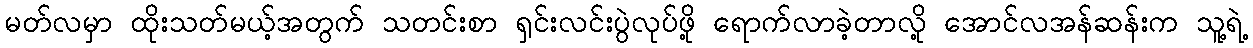
မတ်လမှာ ထိုးသတ်မယ့်အတွက် သတင်းစာ ရှင်းလင်းပွဲလုပ်ဖို့ ရောက်လာခဲ့တာလို့ အောင်လအန်ဆန်းက သူ့ရဲ့